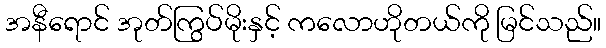
အနီရောင် အုတ်ကြွပ်မိုးနှင့် ကလောဟိုတယ်ကို မြင်သည်။